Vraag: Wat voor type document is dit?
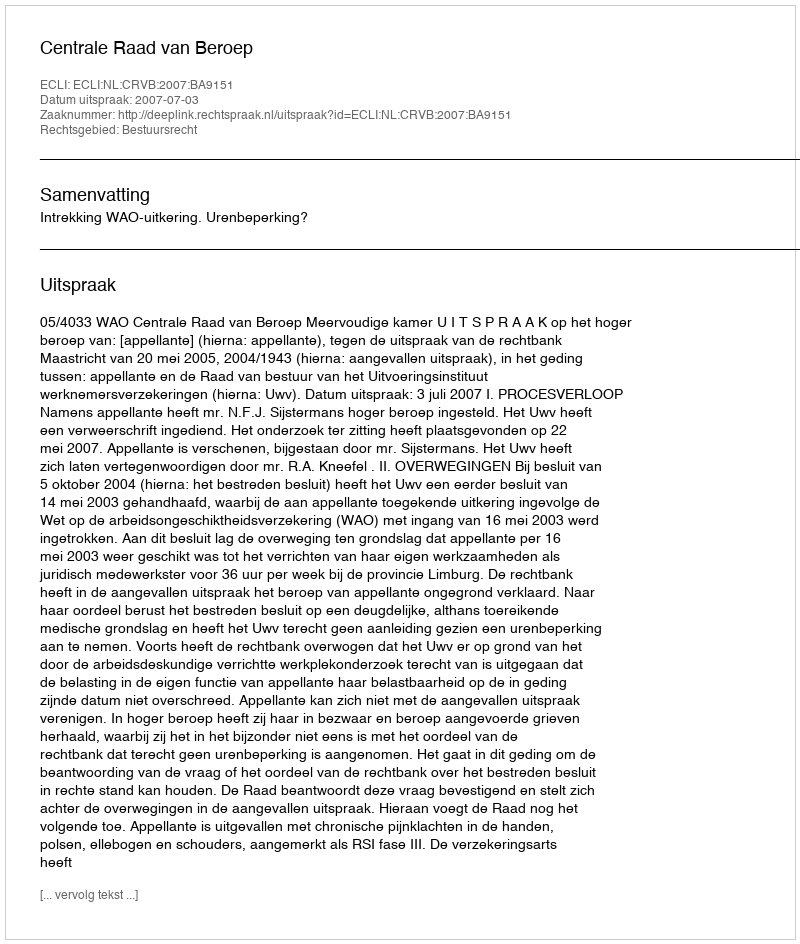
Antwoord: Uitspraak